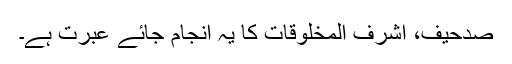
صدحیف، اشرف المخلوقات کا یہ انجام جائے عبرت ہے۔